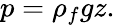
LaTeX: p=\rho_{f}gz.